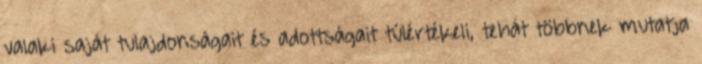
valaki saját tulajdonságait és adottságait túlértékeli, tehát többnek mutatja